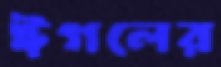
ঈগলের